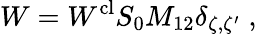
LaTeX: W=W^{\mathrm{cl}}S_{0}M_{12}\delta_{\zeta,\zeta^{\prime}}\; ,